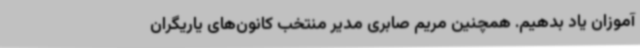
آموزان یاد بدهیم. همچنین مریم صابری مدیر منتخب کانون‌های یاریگران